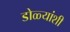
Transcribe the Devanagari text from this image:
डोळ्यांशी